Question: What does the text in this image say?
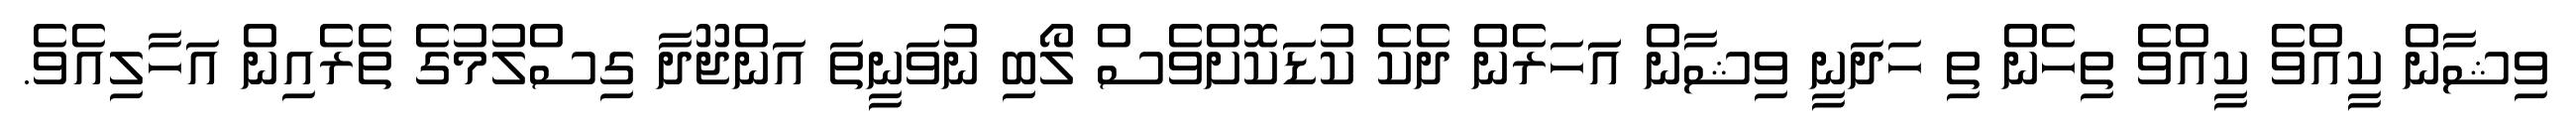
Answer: ވިޝާން ކީއްވެ ކީއްވެ ތިހެން ތި ހަދަނީ ވިޝާން އަަހަރެން ދެކެ ކުޑަކޮށްވެސް ލޯބި ނުވަނީތަ އަންޖޫދާ ގިސްލުމުގެ ތެރެއިން އަހާލިއެވެ.